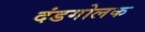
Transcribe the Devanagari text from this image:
दंडगोलक